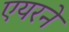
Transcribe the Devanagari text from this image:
एयरने